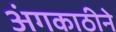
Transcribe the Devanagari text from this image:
अंगकाठीने